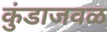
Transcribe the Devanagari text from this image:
कुंडाजवळ